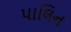
પાલિન